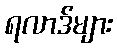
ရလာဒ်များ